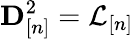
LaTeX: {\mathbf D}_{[n]}^{2}=\mathcal{L}_{[n]}